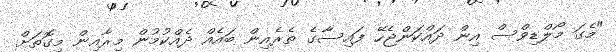
"މެގަ މޯލްޑިވްސް އިން ދައްކަންޖެހޭ ފައިސާގެ ތެރެއިން ބައެއް ދެއްކުމުން މިރާއިން މިގޮތަށް